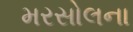
મરસોલના